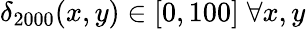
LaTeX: \delta_{2000}(x,y)\in[0,100]\; \forall x,y